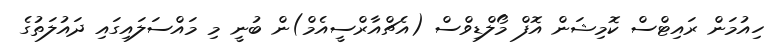
ހިއުމަން ރައިޓްސް ކޮމިޝަން އޮފް މޯލްޑިވްސް (އެޗްއާރްސީއެމް)ން ބުނީ މި މައްސަލައިގައި ދައުލަތުގެ